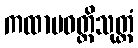
ကထာပဝတ္တိသုတ္တံ